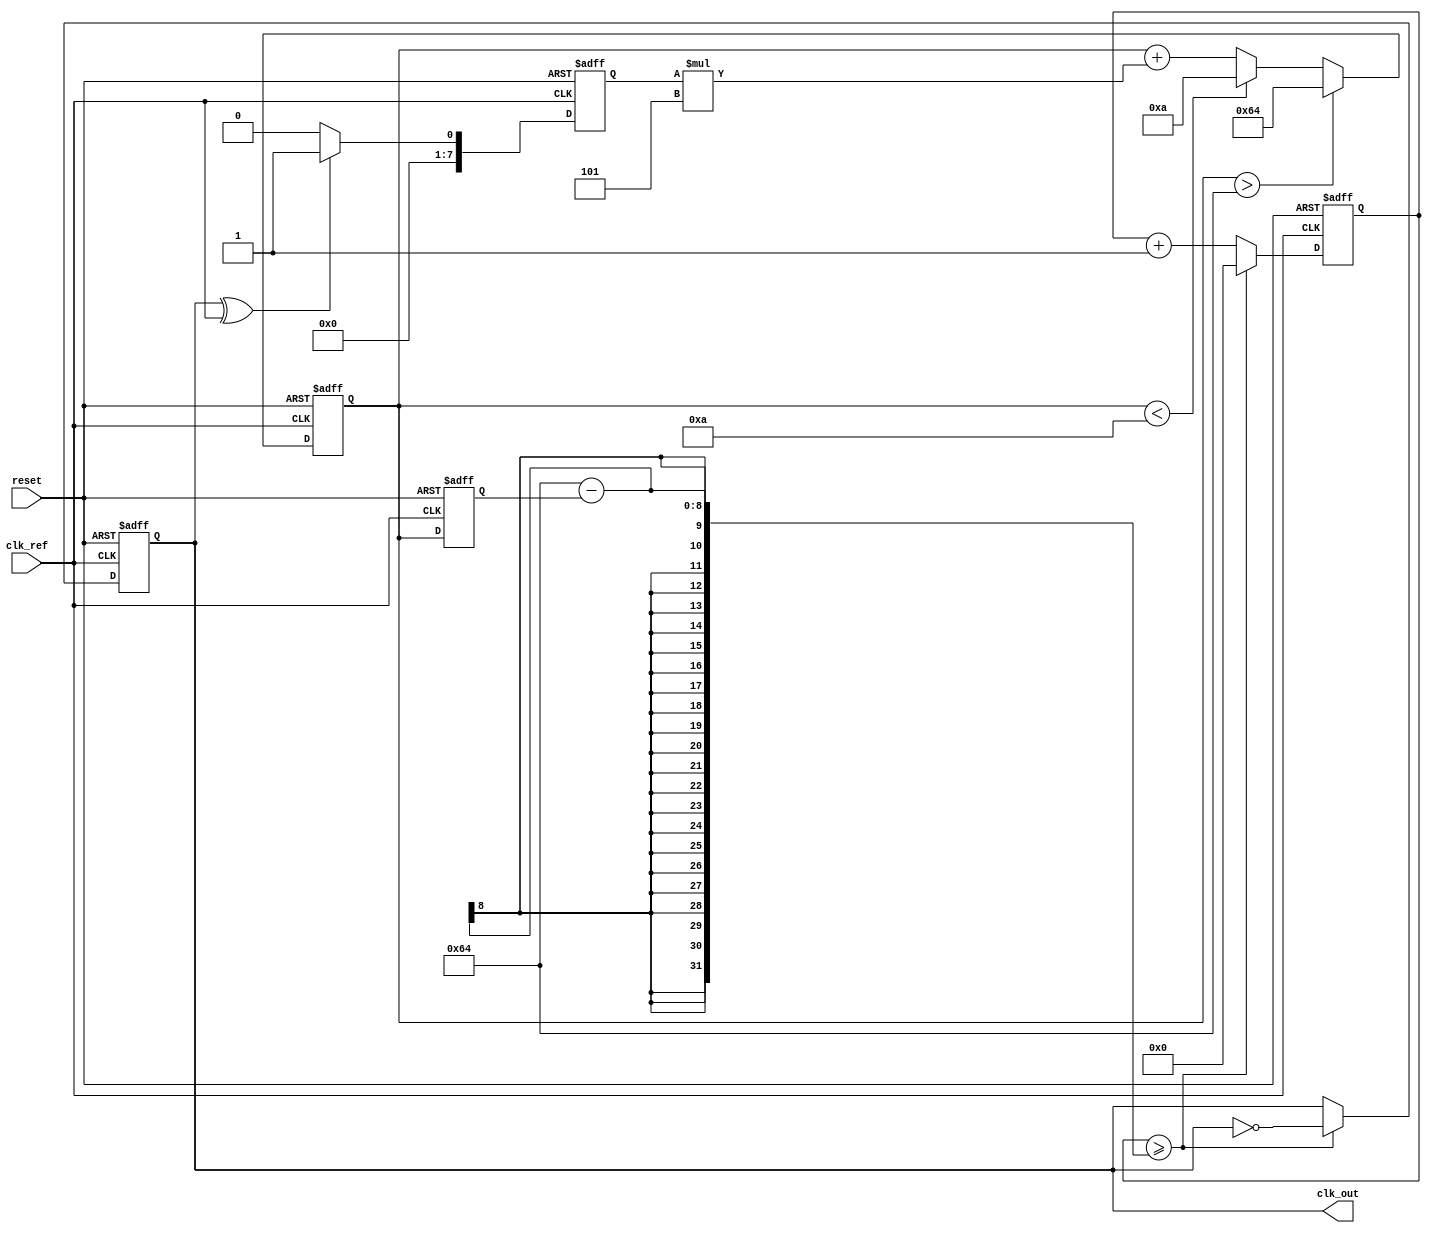
module PLL (
    input wire clk_ref,        // Reference clock input
    input wire reset,          // Reset signal
    output reg clk_out         // Output clock
);

    // Parameters
    parameter PHASE_DETECTOR_DELAY = 1; // Delay for phase detector
    parameter VCO_MAX_FREQ = 100;        // Max frequency for VCO
    parameter VCO_MIN_FREQ = 10;         // Min frequency for VCO
    parameter LOOP_FILTER_GAIN = 5;      // Gain for loop filter

    // Internal signals
    reg [7:0] phase_error;        // Phase error signal
    reg [7:0] control_voltage;     // Control voltage for VCO
    reg [7:0] vco_freq;            // Frequency output from VCO
    reg [7:0] vco_counter;         // VCO counter for generating clk_out

    // Phase Detector
    always @(posedge clk_ref or posedge reset) begin
        if (reset) begin
            phase_error <= 0;
        end else begin
            // Simple phase detector using XOR (for demonstration)
            phase_error <= (clk_out ^ clk_ref) ? 1 : 0;
        end
    end

    // Loop Filter
    always @(posedge clk_ref or posedge reset) begin
        if (reset) begin
            control_voltage <= 0;
        end else begin
            // Simple proportional loop filter
            control_voltage <= control_voltage + (phase_error * LOOP_FILTER_GAIN);
            // Clamp the control voltage to VCO limits
            if (control_voltage > VCO_MAX_FREQ)
                control_voltage <= VCO_MAX_FREQ;
            else if (control_voltage < VCO_MIN_FREQ)
                control_voltage <= VCO_MIN_FREQ;
        end
    end

    // Voltage-Controlled Oscillator (VCO)
    always @(posedge clk_ref or posedge reset) begin
        if (reset) begin
            vco_freq <= VCO_MIN_FREQ;
            vco_counter <= 0;
            clk_out <= 0;
        end else begin
            // Adjust VCO frequency based on control voltage
            vco_freq <= control_voltage;

            // Generate output clock based on VCO frequency
            vco_counter <= vco_counter + 1;
            if (vco_counter >= (100 - vco_freq)) begin // Adjust the divisor for frequency control
                clk_out <= ~clk_out; // Toggle output clock
                vco_counter <= 0; // Reset counter
            end
        end
    end

endmodule